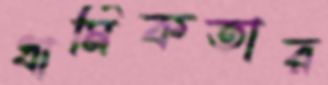
ধার্মিকতার